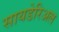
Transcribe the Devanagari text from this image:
सायडेरिअल